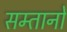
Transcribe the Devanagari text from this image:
सम्तानों